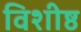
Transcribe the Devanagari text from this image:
विशीष्ठ